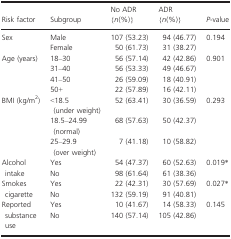
| Risk factor | Subgroup | No ADR {n(%)} | ADR {n(%)} | P‐value |
 | --- | --- | --- | --- | --- |
 | <ROWSPAN=2> Sex | Male | 107 (53.23) | 94 (46.77) | 0.194 |
 | Female | 50 (61.73) | 31 (38.27) |  |
 | <ROWSPAN=4> Age (years) | 18–30 | 56 (57.14) | 42 (42.86) | 0.901 |
 | 31–40 | 56 (53.33) | 49 (46.67) |  |
 | 41–50 | 26 (59.09) | 18 (40.91) |  |
 | 50+ | 22 (57.89) | 16 (42.11) |  |
 | <ROWSPAN=3> BMI (kg/m2) | <18.5 (under weight) | 52 (63.41) | 30 (36.59) | 0.293 |
 | 18.5–24.99 (normal) | 68 (57.63) | 50 (42.37) |  |
 | 25–29.9 (over weight) | 7 (41.18) | 10 (58.82) |  |
 | <ROWSPAN=2> Alcohol intake | Yes | 54 (47.37) | 60 (52.63) | 0.019a |
 | No | 98 (61.64) | 61 (38.36) |  |
 | <ROWSPAN=2> Smokes cigarette | Yes | 22 (42.31) | 30 (57.69) | 0.027a |
 | No | 132 (59.19) | 91 (40.81) |  |
 | <ROWSPAN=2> Reported substance use | Yes | 10 (41.67) | 14 (58.33) | 0.145 |
 | No | 140 (57.14) | 105 (42.86) |  |